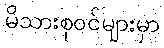
မိသားစုဝင်များမှာ